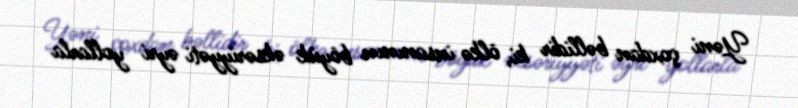
Yəni çoxdan bəllidir ki, ölkə insanının böyük əksəriyyəti əyri yollarla